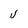
Character: U